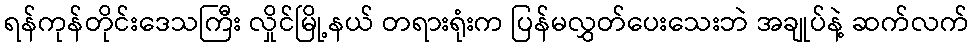
ရန်ကုန်တိုင်းဒေသကြီး လှိုင်မြို့နယ် တရားရုံးက ပြန်မလွှတ်ပေးသေးဘဲ အချုပ်နဲ့ ဆက်လက်